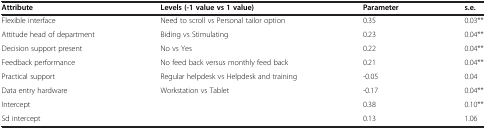
| Attribute | Levels (-1 value vs 1 value) | Parameter | s.e. |
 | --- | --- | --- | --- |
 | Flexible interface | Need to scroll vs Personal tailor option | 0.35 | 0.03** |
 | Attitude head of department | Biding vs Stimulating | 0.23 | 0.04** |
 | Decision support present | No vs Yes | 0.22 | 0.04** |
 | Feedback performance | No feed back versus monthly feed back | 0.21 | 0.04** |
 | Practical support | Regular helpdesk vs Helpdesk and training | -0.05 | 0.04 |
 | Data entry hardware | Workstation vs Tablet | -0.17 | 0.04** |
 | Intercept |  | 0.38 | 0.10** |
 | Sd intercept |  | 0.13 | 1.06 |